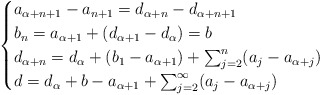
\begin{align*}\begin{cases}a_{\alpha + n +1} - a_{n+1} = d_{\alpha + n} - d_{\alpha + n +1} \\b_n = a_{\alpha + 1} + (d_{\alpha + 1} - d_\alpha) = b \\d_{\alpha + n} = d_\alpha + (b_1 - a_{\alpha+1}) + \sum_{j=2}^n (a_j - a_{\alpha + j}) \\d = d_\alpha + b - a_{\alpha + 1} + \sum_{j=2}^\infty (a_j - a_{\alpha+j})\end{cases} \ \end{align*}